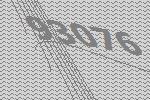
93076